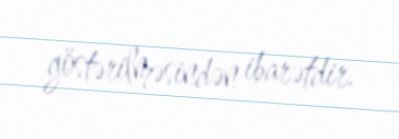
göstərilməsindən ibarətdir.